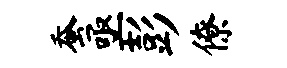
蚕亟彭僚